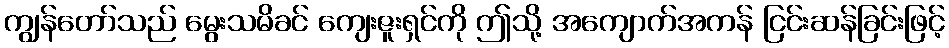
ကျွန်တော်သည် မွေးသမိခင် ကျေးဇူးရှင်ကို ဤသို့ အကျောက်အကန် ငြင်းဆန်ခြင်းဖြင့်